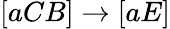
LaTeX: [aCB]\rightarrow[aE]